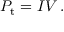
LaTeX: P _ { \mathrm { { t } } } = I V \, .